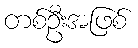
တစ်ဦးအဖြစ်